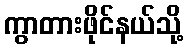
ကွာတားဖိုင်နယ်သို့